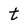
Character: t